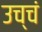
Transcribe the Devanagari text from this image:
उच्चं